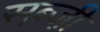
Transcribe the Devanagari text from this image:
सब्जी़